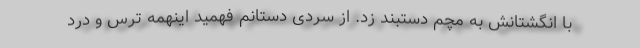
با انگشتانش به مچم دستبند زد. از سردی دستانم فهمید اینهمه ترس و درد